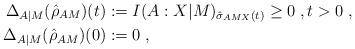
LaTeX: \begin{align*}\Delta_{A|M}(\hat{\rho}_{AM})(t) &:= I(A:X|M)_{\hat{\sigma}_{AMX}(t)}\ge0\;,t>0\;,\\\Delta_{A|M}(\hat{\rho}_{AM})(0) &:= 0\;,\end{align*}